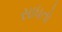
સાધતો